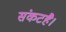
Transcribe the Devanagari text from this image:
संकटहै।